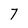
Character: 7